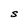
Character: S